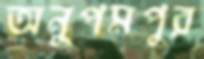
অনুপমপুর